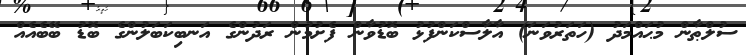
ސުލްޠާން މުޙައްމަދު (ހަތަރުވަނަ) އާލާސްކަންފުޅު ބޮޑުވާން ފެށުމުން ރަދުންގެ އަނބިކަބަލުންގެ ބޮޑު ބޭބެއެއް